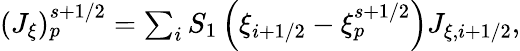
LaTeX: \begin{array}{r}{(J_{\xi})_{p}^{s+1/2}=\sum_{i}S_{1}\left(\xi_{i+1/2}-\xi_{p}^{s+1/2}\right)J_{\xi,i+1/2},}\end{array}